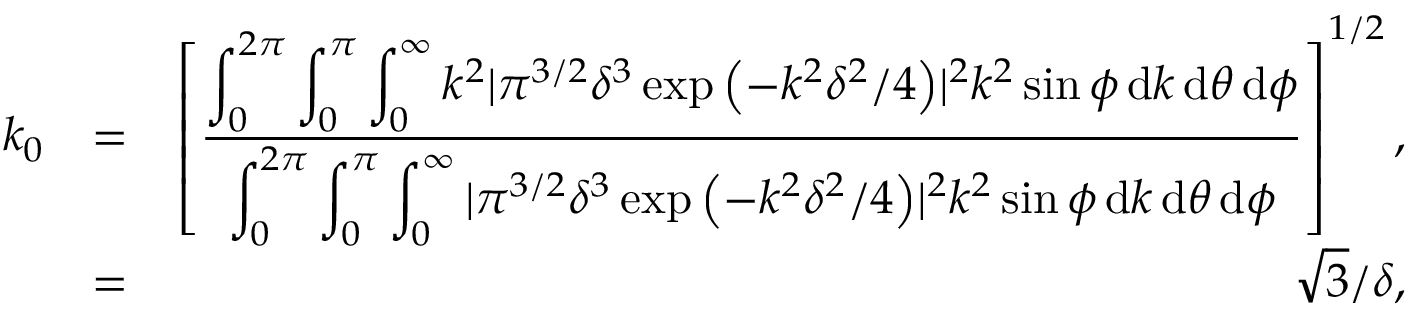
\begin{array} { r l r } { k _ { 0 } } & { = } & { \left[ \frac { \displaystyle \int _ { 0 } ^ { 2 \pi } \displaystyle \int _ { 0 } ^ { \pi } \displaystyle \int _ { 0 } ^ { \infty } k ^ { 2 } | \pi ^ { 3 / 2 } \delta ^ { 3 } \exp { \left( - k ^ { 2 } \delta ^ { 2 } / 4 \right) } | ^ { 2 } k ^ { 2 } \sin \phi \, \mathrm { d } k \, \mathrm { d } \theta \, \mathrm { d } \phi } { \displaystyle \int _ { 0 } ^ { 2 \pi } \displaystyle \int _ { 0 } ^ { \pi } \displaystyle \int _ { 0 } ^ { \infty } | \pi ^ { 3 / 2 } \delta ^ { 3 } \exp { \left( - k ^ { 2 } \delta ^ { 2 } / 4 \right) } | ^ { 2 } k ^ { 2 } \sin \phi \, \mathrm { d } k \, \mathrm { d } \theta \, \mathrm { d } \phi } \right] ^ { 1 / 2 } , } \\ & { = } & { \sqrt { 3 } / \delta , } \end{array}